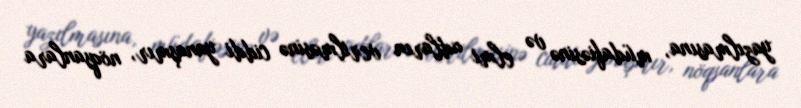
yazılmasına, müdafiəsinə və elmi adların verilməsinə ciddi yanaşmır, nöqsanlara